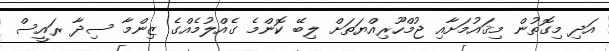
އަދި މިގޮތުން މިޤައުމަށާއި ޖުމްހޫރިއްޔަތަށް ލިބޭ ކޮންމެ ގެއްލުމެއްގެ ޒިންމާ ސިދާ ރައީސް